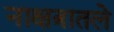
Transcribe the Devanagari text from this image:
नाक्षत्रातले